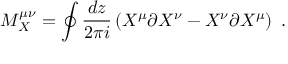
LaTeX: M _ { X } ^ { \mu \nu } = \oint { \frac { d z } { 2 \pi i } } \left( X ^ { \mu } \partial X ^ { \nu } - X ^ { \nu } \partial X ^ { \mu } \right) \ .